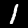
Digit: 1